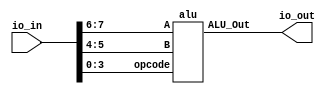
`timescale 1ns / 1ps

/* ALU Arithmetic and Logic Operations
----------------------------------------------------------------------
|opcode |   ALU Operation
----------------------------------------------------------------------
| 0000  |   ALU_Out = A + B;
----------------------------------------------------------------------
| 0001  |   ALU_Out = A - B;
----------------------------------------------------------------------
| 0010  |   ALU_Out = A * B;
----------------------------------------------------------------------
| 0011  |   ALU_Out = A / B;
----------------------------------------------------------------------
| 0100  |   ALU_Out = A << 1;
----------------------------------------------------------------------
| 0101  |   ALU_Out = A >> 1;
----------------------------------------------------------------------
| 0110  |   ALU_Out = A << B;
----------------------------------------------------------------------
| 0111  |   ALU_Out = A >> B;
----------------------------------------------------------------------
| 1000  |   ALU_Out = A and B;
----------------------------------------------------------------------
| 1001  |   ALU_Out = A or B;
----------------------------------------------------------------------
| 1010  |   ALU_Out = A xor B;
----------------------------------------------------------------------
| 1011  |   ALU_Out = A nor B;
----------------------------------------------------------------------
| 1100  |   ALU_Out = A nand B;
----------------------------------------------------------------------
| 1101  |   ALU_Out = A xnor B;
----------------------------------------------------------------------
| 1110  |   ALU_Out = 1 if A>B else 0;
----------------------------------------------------------------------
| 1111  |   ALU_Out = 1 if A=B else 0;
----------------------------------------------------------------------*/

module shan1293_2bitalu(
           input [7:0] io_in,                  
           output [7:0] io_out 
    );
         alu alu(
            .A(io_in[7:6]), 
            .B(io_in[5:4]), 
            .opcode(io_in[3:0]), 
            .ALU_Out(io_out[7:0])
            );
endmodule

module alu(
	input [1:0] A,
	input [1:0] B,
	input [3:0] opcode,
	output [7:0] ALU_Out
);

    reg [7:0] ALU_Result;
    assign ALU_Out = ALU_Result; // ALU out
    always @(*)
    begin
        case(opcode)
        4'b0000: // Addition
           ALU_Result = A + B ; 
        4'b0001: // Subtraction
           ALU_Result = A - B ;
        4'b0010: // Multiplication
           ALU_Result = A * B;
        4'b0011: // Division
           ALU_Result = A/B;
        4'b0100: // Logical shift left one time
           ALU_Result = A<<1;
         4'b0101: // Logical shift right one time
           ALU_Result = A>>1;
         4'b0110: // Logical shift left B times
           ALU_Result = A<<B;
         4'b0111: // Logical shift right B times
           ALU_Result = A>>B;
          4'b1000: //  Logical and 
           ALU_Result = A & B;
          4'b1001: //  Logical or
           ALU_Result = A | B;
          4'b1010: //  Logical xor 
           ALU_Result = A ^ B;
          4'b1011: //  Logical nor
           ALU_Result = ~(A | B);
          4'b1100: // Logical nand 
           ALU_Result = ~(A & B);
          4'b1101: // Logical xnor
           ALU_Result = ~(A ^ B);
          4'b1110: // Greater comparison
           ALU_Result = (A>B)?4'd1:4'd0 ;
          4'b1111: // Equal comparison   
            ALU_Result = (A==B)?4'd1:4'd0 ;
          default: ALU_Result = A + B ; 
        endcase
    end
 endmodule